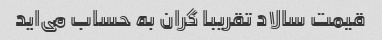
قیمت سالاد تقریبا گران به حساب می‌اید